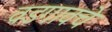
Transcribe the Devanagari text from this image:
वडगावचे